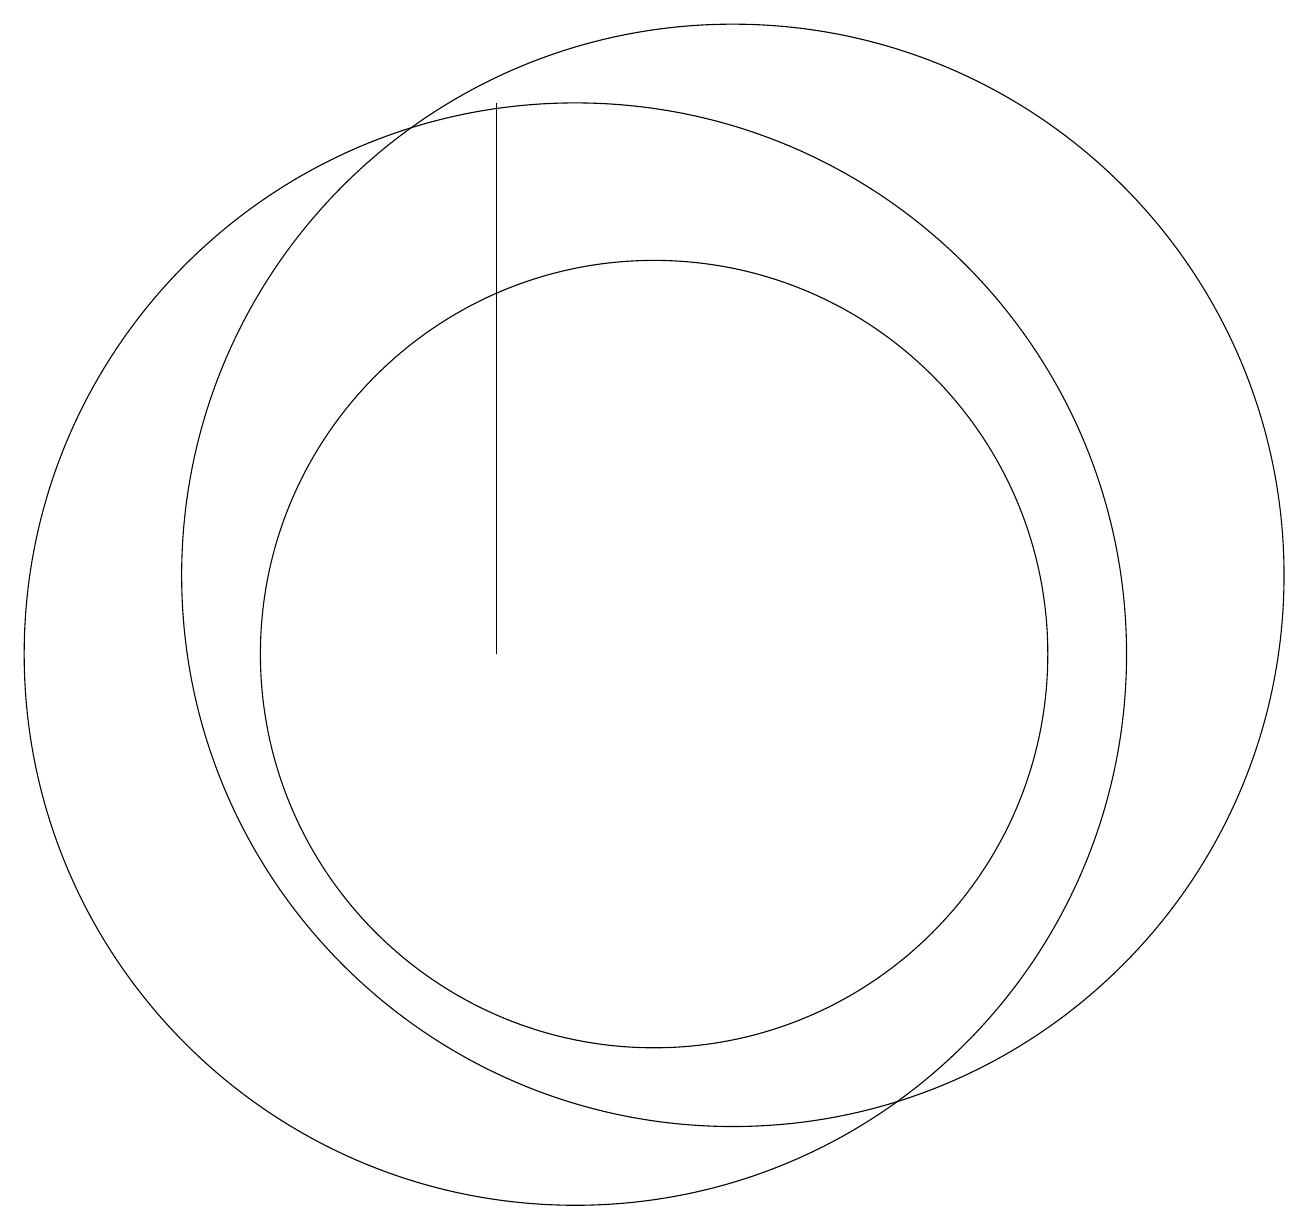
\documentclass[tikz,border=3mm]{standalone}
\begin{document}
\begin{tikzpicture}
\draw (11,10) circle (5);
\draw (12,11) circle (7);
\draw (9,10) rectangle (9,17);
\draw (10,10) circle (7);
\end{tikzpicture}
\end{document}